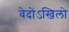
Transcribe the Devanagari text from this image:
वेदोंऽखिलो